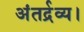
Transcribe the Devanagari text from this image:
अंतर्द्रव्य।